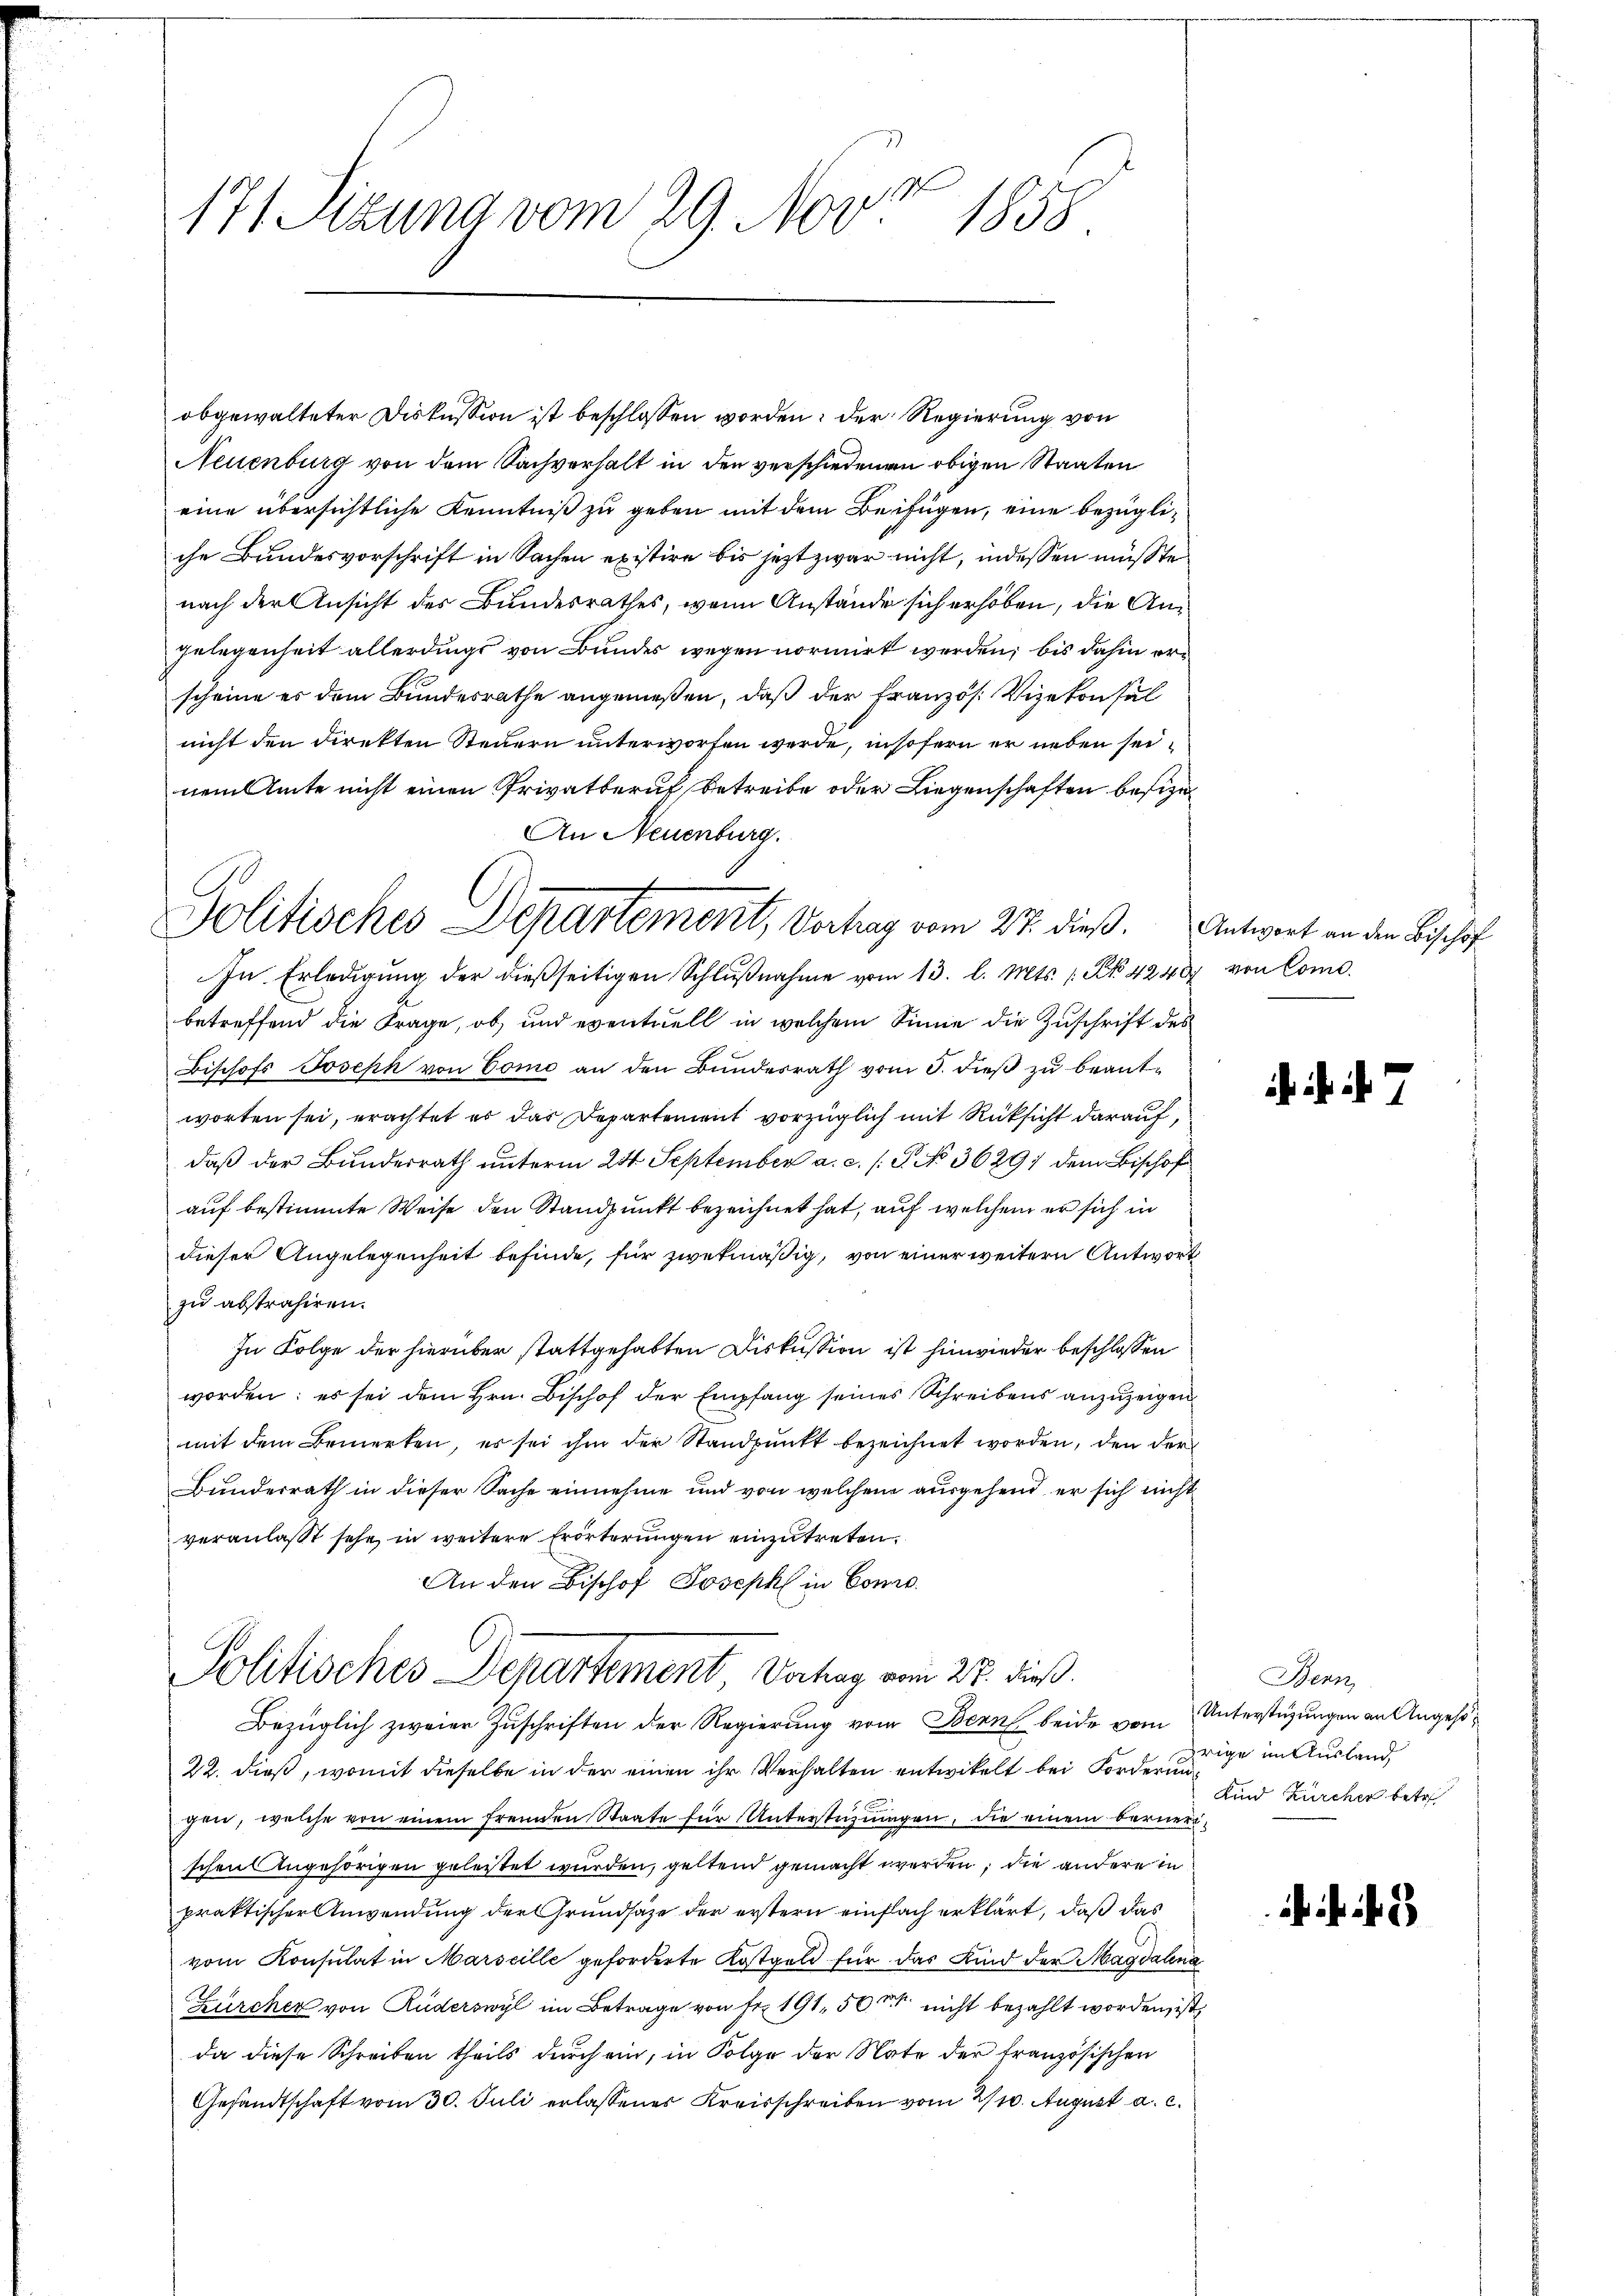
e
171 Szuna vom 29. Nov. 1858.

obgewalteter Diskussion ist beschlossen worden, der Regierung von
Neuenburg von dem Sachverhalt in den verschiedenen obigen Staaten
eine übersichtliche Kenntniß zu geben mit dem Beifügen, eine bezügliche Bundesvorschrift in Sachen existire bis jezt zwar nicht, indessen müßte
nach der Ansicht des Bundesrathes, wenn Anstände sich erhoben, die Angelegenheit allerdings von Bundes wegen normirt werden, bis dahin erscheine es dem Bundesrathe angenießen, daß der Französ. Vizekonsul
nicht den direkten Steuern unterworfen werde, insofern er neben seinem Amte nicht einen Privatberuf betreibe oder Liegenschaften besize¬
In Erledigŭng der dießseitigen Schlŭβnahme vom 13. l. Mts. 1 Pk 4240 von Combetreffend die Frage, ob, und eventuell in welchem Sinne die Zuschrift des
Bischofs Joseph von Como an den Bundesrath vom 5. dieβ zŭ beantworten sei, erachtet es das Departement vorzüglich mit Rücksicht darauf,
daß der Bundesrath unterm 24 September a. c. /: P. No 36291 dem Bischof
auf bestimmte Weise den Standpunkt bezeichnet hat, auf welchem er sich in
dieser Angelegenheit befinde, für zwekmäßig, von einer weitern Antwort
zu abstrahiren.
In Folge der hierüber stattgehabten Diskussion ist hinwieder beschlossen
worden; es sei dem Hrn. Bischof der Empfang seines Schreibens anzuzeigen
mit dem Bemerken, es sei ihm der Standpŭnkt bezeichnet worden, den der
Bunderrath in dieser Sache einnehme und von welchem ausgehend er sich nicht
veranlasst sehe in weitere Erörterungen einzutreten.
An den Bischof Joseph in Conr
Politisches Departement, Vorhag vom 27. dieß.
Bezüglich zweier Zuschriften der Regierung vom Bern beide vom Unterstüzungen an Angehö¬
22. dieß, womit dieselbe in der einen ihr Verhalten entwickelt bei Fordere im Ausland
gen, welche von einem fremden Staate für Unterstüzungen, die einem bernerischen Angehörigen geleitet wurden, geltend gemacht werden; die andere in
praktischer Anwendung der Grundsätze der erstern einfach erklärt, daß das
vom Konsulat in Marseille geforderte Kostgeld für das Kind der Magdalena
Zürcher von Ruderswyl im Betrage von Fr. 191, 50 nicht bezahlt worden, ist,
da diese Schreiben theils durch ein, in Folge der Nate der französischen
Gesandtschaft vom 30. Juli erlassenes Kreisschreiben vom 2/10. August a. c.

An Neuenburg.
Politisches Departement, Vertrag vom 27. dieß. Antwort an den Beschaf

. . . 7

Bern,
Kind Zürcher betr

. . .